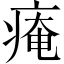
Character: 痷